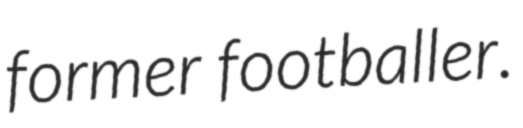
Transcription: former footballer.